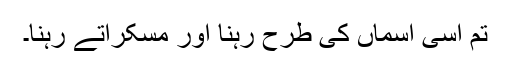
تم اسی آسماں کی طرح رہنا اور مسکراتے رہنا۔